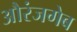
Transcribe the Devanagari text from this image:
औरंजगेब